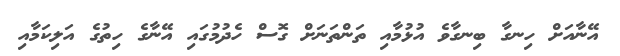
އޭނާއަށް ހިނގާ ބިނގާވެ އުޅުމާއި ތަންތަނަށް ގޮސް ހެދުމުގައި އޭނާގެ ހިތުގެ އަލިކަމާއި